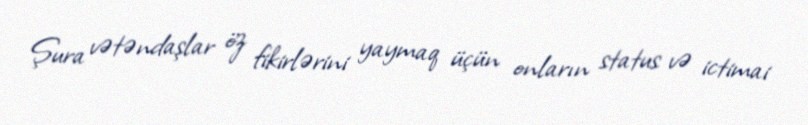
Şura vətəndaşlar öz fikirlərini yaymaq üçün onların status və ictimai